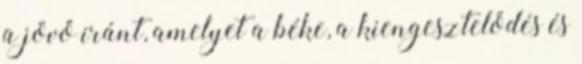
a jövő iránt, amelyet a béke, a kiengesztelődés és